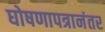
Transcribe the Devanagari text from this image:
घोषणापत्रानंतर